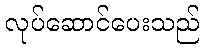
လုပ်ဆောင်ပေးသည်